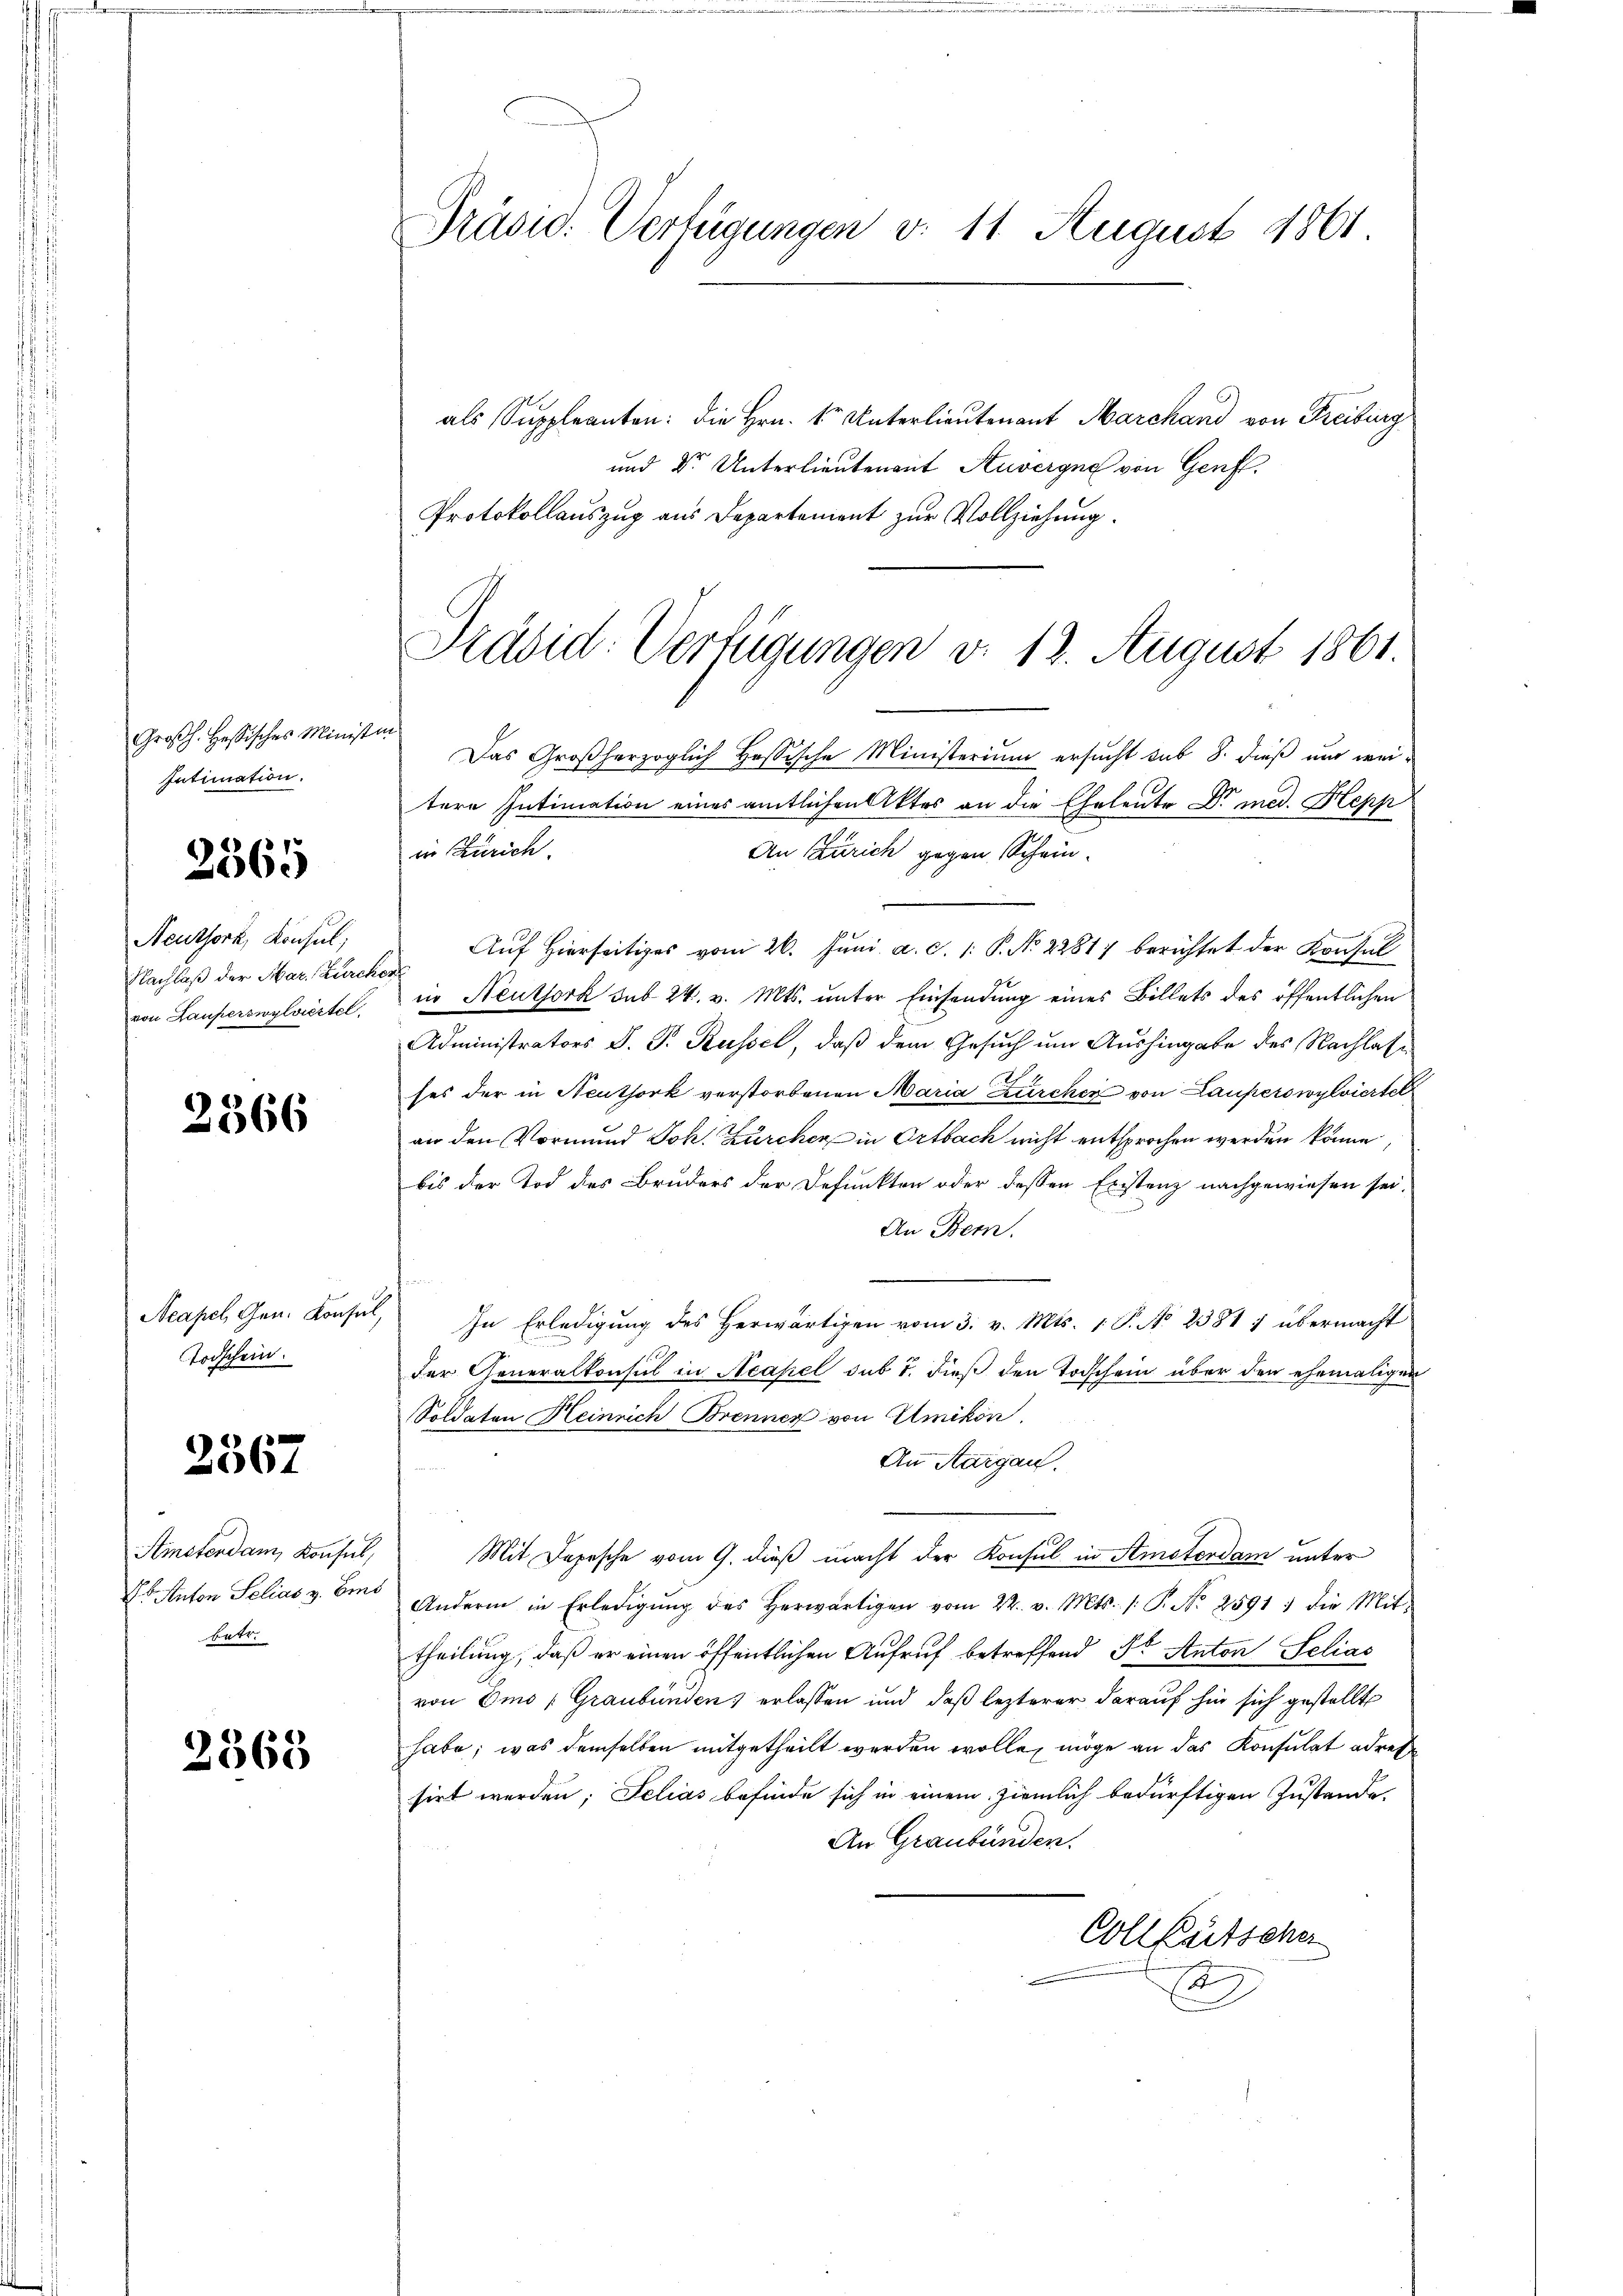
Großh. Hessisches Minist
Intimation.

2565

Neuthork, Konsul,
Nachlaß der Mar. Zürch
von Hauferswylviertel

2366

Acapel Gen. Konsul
Todschein.

2367

Amstendam, konsul
Es Anton Selias v. Ben
betr.

2563

Präsid. Verfügungen v. 11. August 1861.

als Suppleanten: die Hrn. So Unterlieutenant Marchand von Freiburg
und Dr. Unterlieutenant Kuvergne von Genfl.
Protokollauszug aus Departement zur Vollziehung.
n
Das Großherzoglich Hessische Ministerium ersucht sub 8. dieß und weitere Intimation eines amtlichen Aktes an die Eheleute Dr med. Hepp
iin Zürich.
An Zürich gegen Schein¬
Auf Hierseitiges vom 26. Juni a. c. 1. P. No 22817 berichtet der Konsul
e
in Neuthork sub 24. v. Mts. unter Einsendung eines Billets des öffentlichen
Administrators J. P. Russel, daß dem Gesuch um Aushingabe des Nachlasse
ses der in Neuthork verstorbenen Maria Zürcher von Lauperswylviertel
an den Vormund Joh. Zürcher in Ortbach nicht entsprochen werden könne
bis der Tod des Bruders der Defunkten oder dessen Erstenz nachgewiesen sei.
An Bern.
2
In Erledigung des Herwärtigen vom 3. v. Mts. 1 P. No 2381 7 übermacht
der Generalkonsul in Neapel sub 7. dieß den Todschein über den ehemaligen
Soldaten Heinrich Brenner von Ulmikon.
An Aargau.
Mit Depesche vom 9. dieß macht der Konsul in Stmaterdam unter
Andern in Erledigŭng des herwärtigen vom 22. v. Mts. 1. P. Nr. 2591 : die Mit-
theilung, daß er einen öffentlichen Aufruf betreffend St. Anton Selias
von Emo (Graubünden) erlassen und daß lezterer darauf hin sich gestellt
habe; was demselben mitgetheilt werden wolle, möge an das Konsulat adret
sirt werden, Selias befinde sich in einem ziemlich bedürftigen Zustande
An Graubünden.
Colletsche
2

Präsid. Verfügungen v. 12. August 1861.